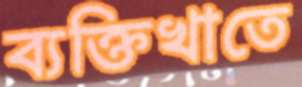
ব্যক্তিখাতে